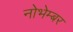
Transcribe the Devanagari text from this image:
नोभेम्बर